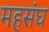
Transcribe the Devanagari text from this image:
महसंघ